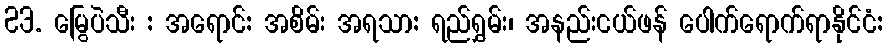
23. မြွေပဲသီး : အရောင်: အစိမ်း အရသာ: ရည်ရွှမ်း၊ အနည်းငယ်ဖန် ပေါက်ရောက်ရာနိုင်ငံ: